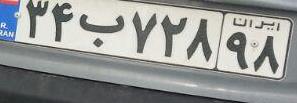
۳۴ب۷۲۸۹۸